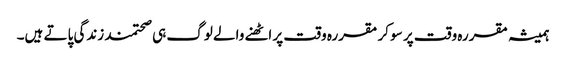
ہمیشہ مقررہ وقت پر سو کر مقررہ وقت پر اٹھنے والے لوگ ہی صحتمند زندگی پاتے ہیں۔